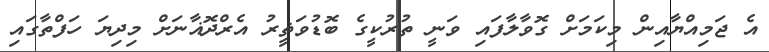
އެ ޖަމިއްޔާއިން މިކަމަށް ގޮވާލާފައި ވަނީ ތުރުކީގެ ބޮޑުވަޡީރު އެރްދޮޣާނަށް މިދިޔަ ހަފްތާގައި